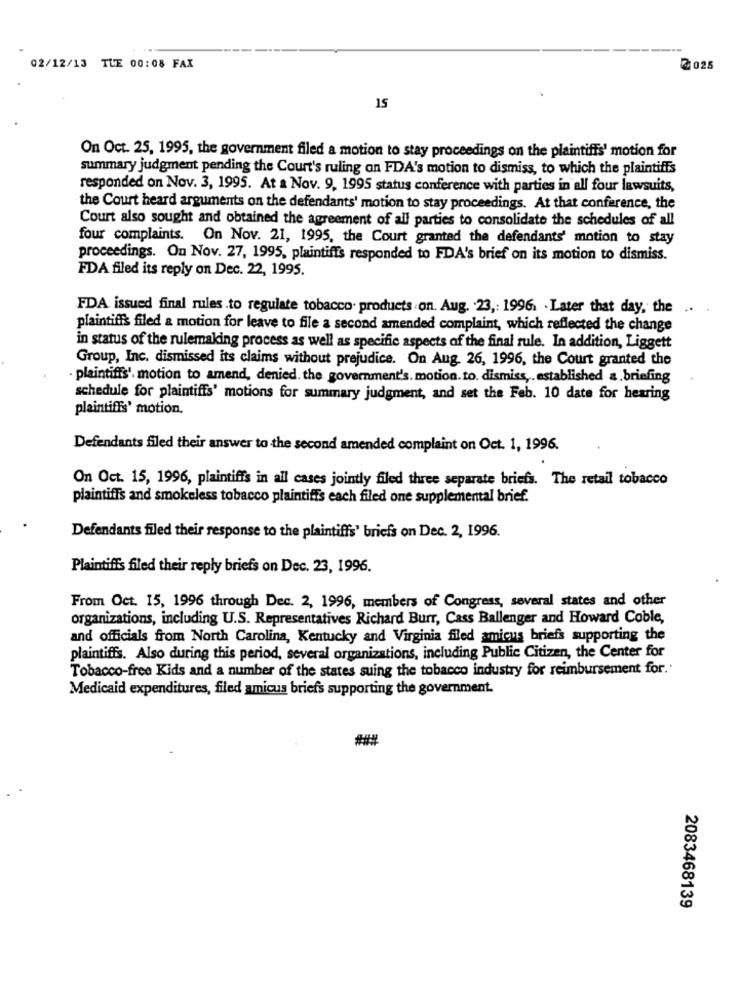
02/12/13 TLE 00:08 FAX
2 025
15
On Oct. 25, 1995, the government filed a motion to stay proceedings on the plaintiffs' motion for
summary judgment pending the Court's ruling on FDA's motion to dismiss, to which the plaintiffs
responded on Nov. 3, 1995. At a Nov. 9. 1995 status conference with parties in all four lawsuits,
the Court heard arguments on the defendants' motion to stay proceedings. At that conference, the
Court also sought and obtained the agreement of all parties to consolidate the schedules of all
four complaints. On Nov. 21, 1995, the Court granted the defendants' motion to stay
proceedings. On Nov. 27, 1995, plaintiffs responded to FDA's brief on its motion to dismiss.
FDA filed its reply on Dec. 22, 1995.
FDA issued final rules .to regulate tobacco. products.on. Aug. . 23 ,: 1996. . Later that day, the
... .
plaintiffs filed a motion for leave to file a second amended complaint, which reflected the change
in status of the rulemaking process as well as specific aspects of the final rule. In addition, Liggett
Group, Inc. dismissed its claims without prejudice. On Aug. 26, 1996, the Court granted the
plaintiffs' motion to amend, denied. the government's. motion. to. dismiss ,. established a. briefing
schedule for plaintiffs' motions for summary judgment, and set the Feb. 10 date for hearing
plaintiffs' motion.
Defendants filed their answer to the second amended complaint on Oct. 1, 1996.
On Oct. 15, 1996, plaintiffs in all cases jointly filed three separate briefs. The retail tobacco
plaintiffs and smokeless tobacco plaintiffs each filed one supplemental brief.
Defendants filed their response to the plaintiffs' briefs on Dec. 2, 1996.
Plaintiffs filed their reply briefs on Dec. 23, 1996.
From Oct. 15, 1996 through Dec. 2, 1996, members of Congress, several states and other
organizations, including U.S. Representatives Richard Burr, Cass Ballenger and Howard Coble,
and officials from North Carolina, Kentucky and Virginia filed amicus briefs supporting the
plaintiffs. Also during this period, several organizations, including Public Citizen, the Center for
Tobacco-free Kids and a number of the states suing the tobacco industry for reimbursement for.
Medicaid expenditures, filed amicus briefs supporting the government.
2083468139